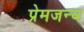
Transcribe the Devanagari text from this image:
प्रेमजन्य